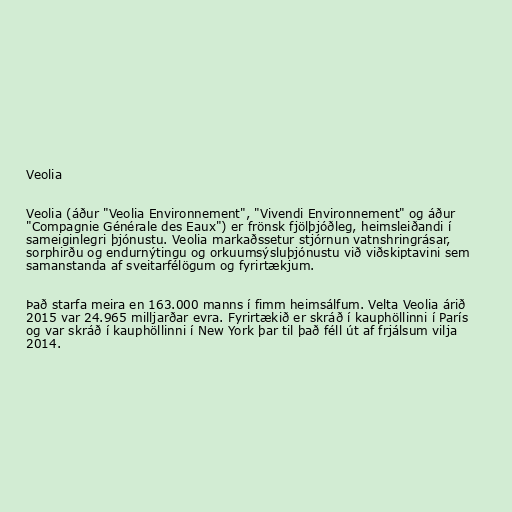
Veolia

Veolia (áður "Veolia Environnement", "Vivendi Environnement" og áður
"Compagnie Générale des Eaux") er frönsk fjölþjóðleg, heimsleiðandi í
sameiginlegri þjónustu. Veolia markaðssetur stjórnun vatnshringrásar,
sorphirðu og endurnýtingu og orkuumsýsluþjónustu við viðskiptavini sem
samanstanda af sveitarfélögum og fyrirtækjum.

Það starfa meira en 163.000 manns í fimm heimsálfum. Velta Veolia árið
2015 var 24.965 milljarðar evra. Fyrirtækið er skráð í kauphöllinni í París
og var skráð í kauphöllinni í New York þar til það féll út af frjálsum vilja
2014.